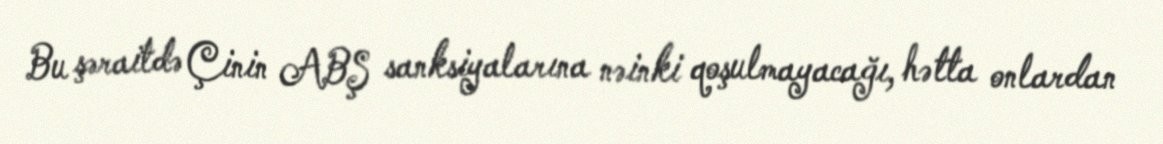
Bu şəraitdə Çinin ABŞ sanksiyalarına nəinki qoşulmayacağı, hətta onlardan